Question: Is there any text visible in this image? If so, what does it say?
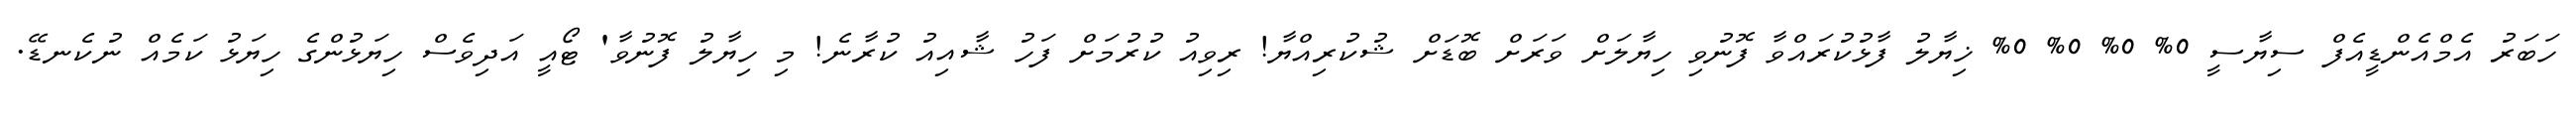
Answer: ހަބަރު އެމްއެންޑީއެފް ސިޔާސީ 0% 0% 0% 0% ޚިޔާލު ފާޅުކުރައްވާ ފޮނުވި ހިޔާލަށް ވަރަށް ބޮޑަށް ޝުކުރިއްޔާ! ރިވިއު ކުރުމަށް ފަހު ޝާއިއު ކުރާނެ! މި ހިޔާލު ފޮނުވާ' ޓޯއީ އަދިވެސް ހިޔަޅުންގެ ހިޔަޅު ކަމެއް ނުކެނޑޭ.